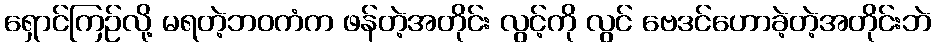
ရှောင်ကြဉ်လို့ မရတဲ့ဘဝကံက ဖန်တဲ့အတိုင်း လွင့်ကို လွင် ဗေဒင်ဟောခဲ့တဲ့အတိုင်းဘဲ